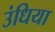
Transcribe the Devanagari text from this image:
उंधिया